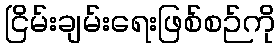
ငြိမ်းချမ်းရေးဖြစ်စဉ်ကို